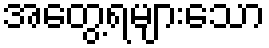
အတွေ့ရများသော